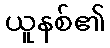
ယူနစ်၏